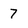
Character: 7